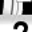
Digit: 2